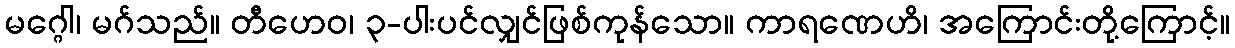
မဂ္ဂေါ၊ မဂ်သည်။ တီဟေဝ၊ ၃-ပါးပင်လျှင်ဖြစ်ကုန်သော။ ကာရဏေဟိ၊ အကြောင်းတို့ကြောင့်။